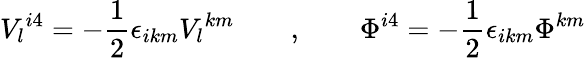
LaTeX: V_{l}{}^{i4}=-{\frac{1}{2}}\epsilon_{ikm}V_{l}{}^{km}\qquad,\qquad\Phi^{i4}=-{\frac{1}{2}}\epsilon_{ikm}\Phi{}^{km}